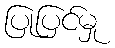
ပြုပြင်မှု